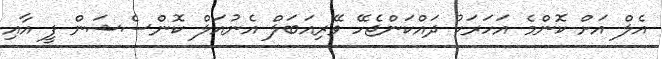
އެލް އަށް ކޮންމެ އަހަރަކު ދައްކަންޖެހޭ ވޭރިއަބަލް އެނުއަލް ކޮންސެޝަން ފީ އާއި